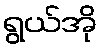
ရွယ်အို